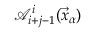
\mathcal A _ { i + j - 1 } ^ { i } ( \vec { x } _ { \alpha } )